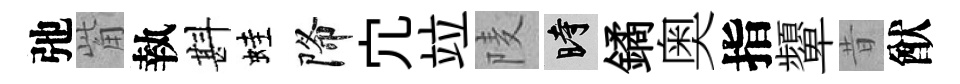
弛觜執斟蛙降宂竝𨹧时鐍奥指顰昔猷